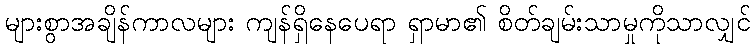
များစွာအချိန်ကာလများ ကျန်ရှိနေပေရာ ရှာမာ၏ စိတ်ချမ်းသာမှုကိုသာလျှင်